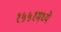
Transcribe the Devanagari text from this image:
१५५१मध्ये